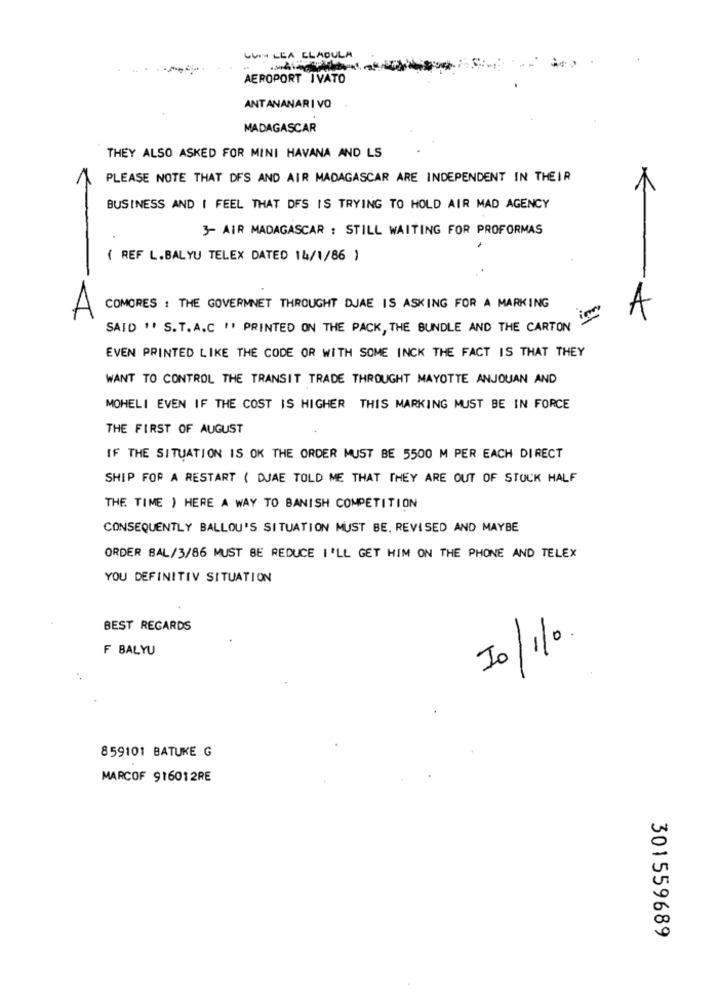
CUI LEA CLAOULA
AEROPORT IVATO
ANTANANARIVO
MADAGASCAR
THEY ALSO ASKED FOR MINI HAVANA AND LS
PLEASE NOTE THAT DFS AND AIR MADAGASCAR ARE INDEPENDENT IN THEIR
1
BUSINESS AND I FEEL THAT DFS IS TRYING TO HOLD AIR MAD AGENCY
3- AIR MADAGASCAR : STILL WAITING FOR PROFORMAS
( REF L.BALYU TELEX DATED 14/1/86 )
A
COMORES : THE GOVERMNET THROUGHT DJAE IS ASKING FOR A MARKING
im
A
SAID ". S. T.A.C '' PRINTED ON THE PACK, THE BUNDLE AND THE CARTON
EVEN PRINTED LIKE THE CODE OR WITH SOME INCK THE FACT IS THAT THEY
WANT TO CONTROL THE TRANSIT TRADE THROUGHT MAYOTTE ANJOUAN AND
MOHELI EVEN IF THE COST IS HIGHER THIS MARKING MUST BE IN FORCE
THE FIRST OF AUGUST
IF THE SITUATION IS OK THE ORDER MUST BE 5500 M PER EACH DIRECT
SHIP FOR A RESTART ( DJAE TOLD ME THAT THEY ARE OUT OF STOCK HALF
THE TIME ) HERE A WAY TO BANISH COMPETITION
CONSEQUENTLY BALLOU'S SITUATION MUST BE. REVISED AND MAYBE
ORDER BAL/3/86 MUST BE REDUCE I'LL GET HIM ON THE PHONE AND TELEX
YOU DEFINITIV SITUATION
BEST REGARDS
Io/1/0.
F BALYU
859101 BATUKE G
MARCOF 916012RE
301559689